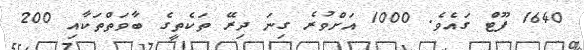
1640 ފޫޓް ގައެވެ. 1000 އަށްވުރެ ގިނަ ދިރޭ ތަކެތީގެ ބާވަތްތަކާއި 200